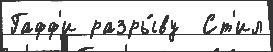
Гафф'и разры́ву  Ст'ил